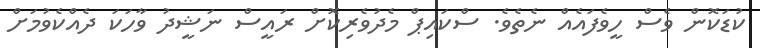
ކުޑަކޮން ވެސް ހީވެފައެއް ނެތެވެ. ސްކައިޕް މެދުވެރިކޮށް ރައީސް ނަޝީދު ވާހަކަ ދެއްކެވުމަށް